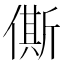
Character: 㒋